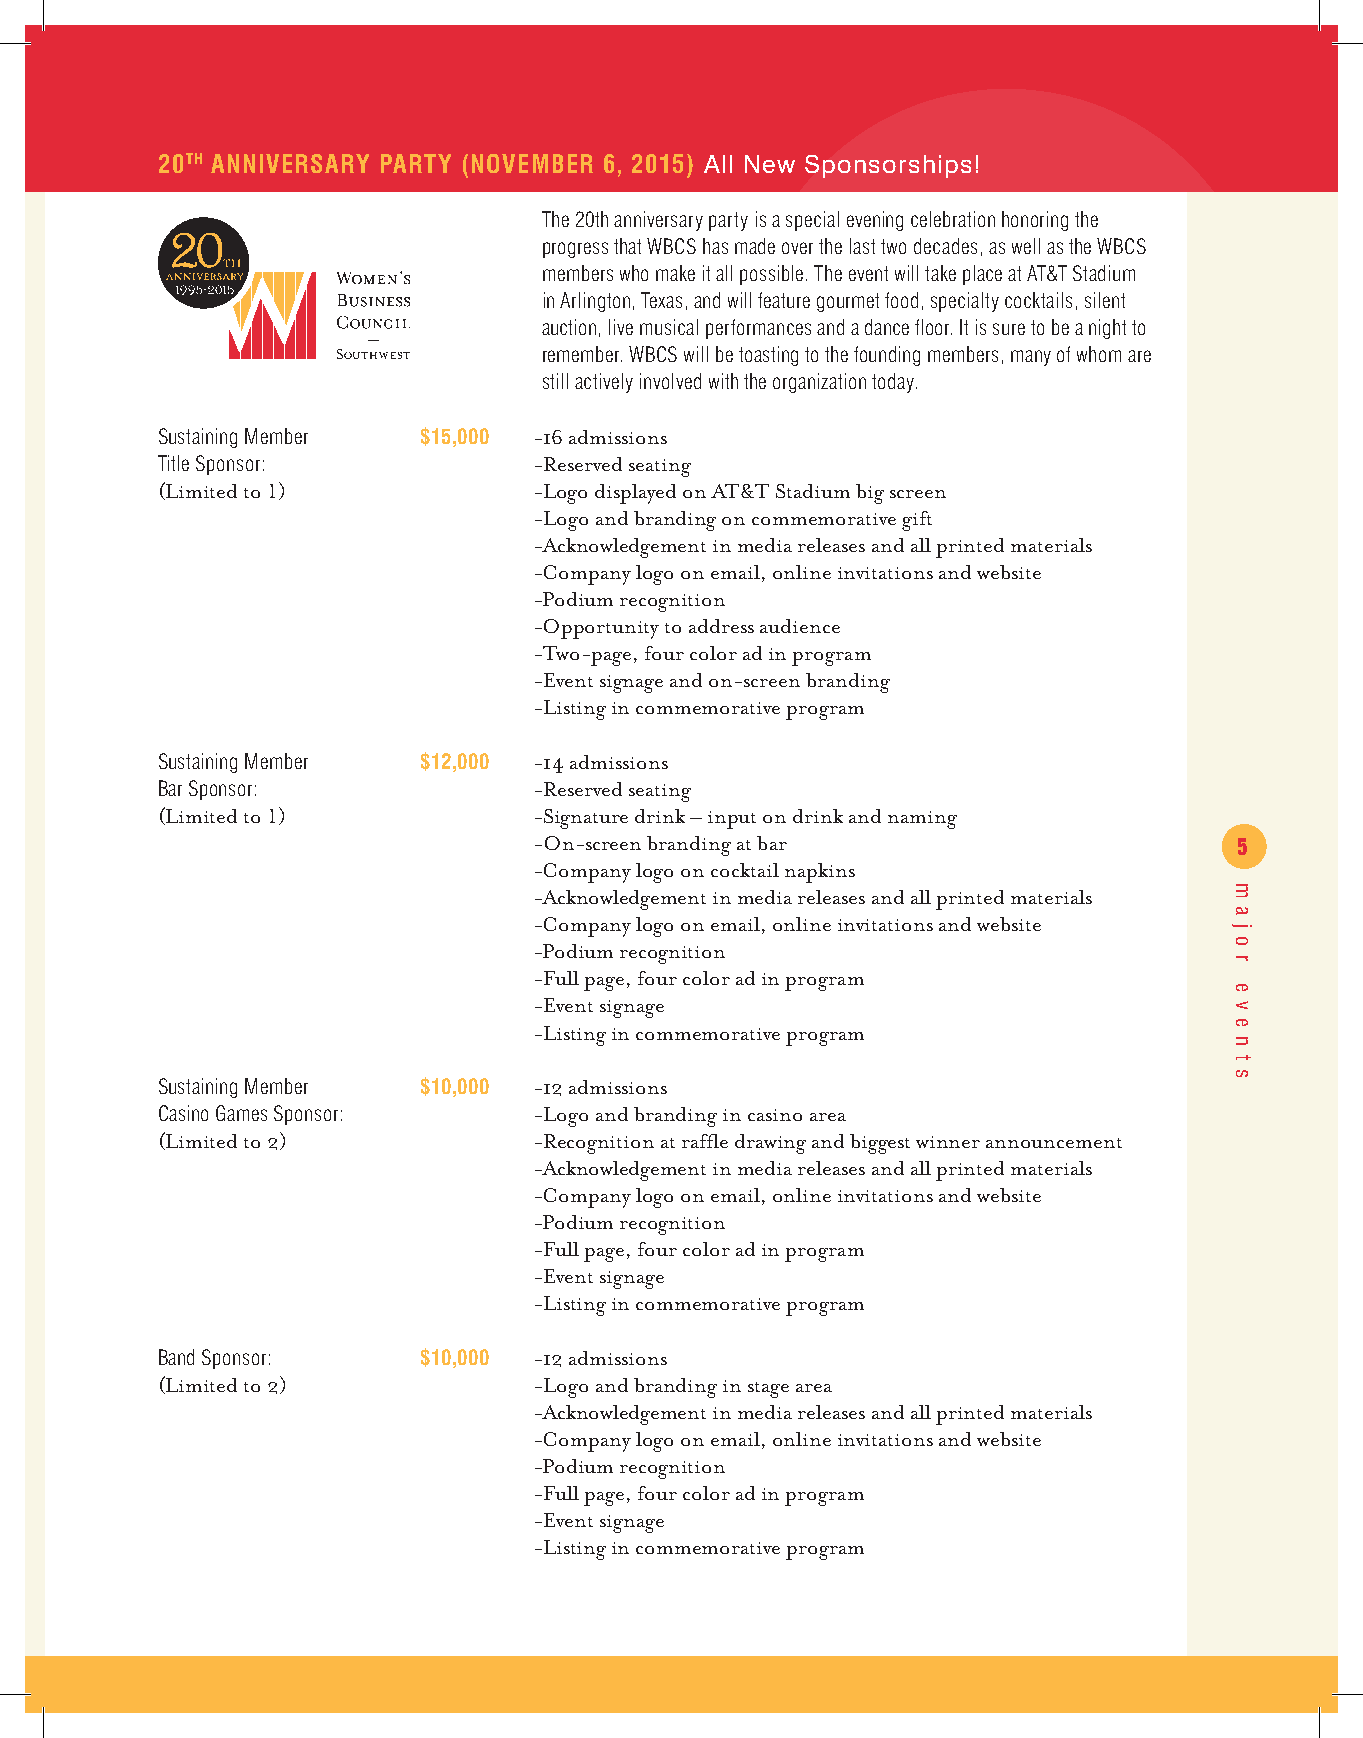
20TH ANNIVERSARY PARTY (NOVEMBER 6, 2015) All New Sponsorships!
 The 20th anniversary party is a special evening celebration honoring the
 progress that WBCS has made over the last two decades, as well as the WBCS
 members who make it all possible. The event will take place at AT&T Stadium
 in Arlington, Texas, and will feature gourmet food, specialty cocktails, silent
 auction, live musical performances and a dance floor. It is sure to be a night to
 remember. WBCS will be toasting to the founding members, many of whom are
 still actively involved with the organization today.
 Sustaining Member $15,000 -16 admissions
 Title Sponsor:           -Reserved seating
 (Limited to 1)           -Logo displayed on AT&T Stadium big screen
 -Logo and branding on commemorative gift
 -Acknowledgement in media releases and all printed materials
 -Company logo on email, online invitations and website
 -Podium recognition
 -Opportunity to address audience
 -Two-page, four color ad in program
 -Event signage and on-screen branding
 -Listing in commemorative program
 Sustaining Member $12,000 -14 admissions
 Bar Sponsor:             -Reserved seating
 (Limited to 1)           -Signature drink – input on drink and naming
 -On-screen branding at bar                     5
 -Company logo on cocktail napkins
 -Acknowledgement in media releases and all printed materials
 -Company logo on email, online invitations and website
 -Podium recognition
 -Full page, four color ad in program
 -Event signage
 -Listing in commemorative program
 Sustaining Member $10,000 -12 admissions
 Casino Games Sponsor:    -Logo and branding in casino area
 (Limited to 2)           -Recognition at raffle drawing and biggest winner announcement
 -Acknowledgement in media releases and all printed materials
 -Company logo on email, online invitations and website
 -Podium recognition
 -Full page, four color ad in program
 -Event signage
 -Listing in commemorative program
 Band Sponsor:     $10,000 -12 admissions
 (Limited to 2)           -Logo and branding in stage area
 -Acknowledgement in media releases and all printed materials
 -Company logo on email, online invitations and website
 -Podium recognition
 -Full page, four color ad in program
 -Event signage
 -Listing in commemorative program
 m
 a
 j
 o
 r
 e
 v
 e
 n
 t
 s